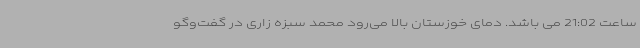
ساعت 21:02 می باشد. دمای خوزستان بالا می‌رود محمد سبزه زاری در گفت‌وگو